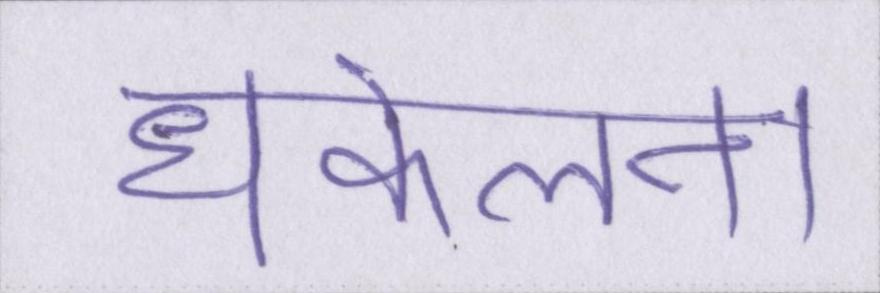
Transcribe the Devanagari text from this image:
धकेलना